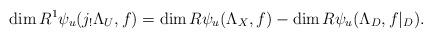
LaTeX: \begin{align*}\dim R^1\psi_u(j_!\Lambda_U,f)=\dim R\psi_u(\Lambda_X,f)-\dim R\psi_u(\Lambda_D,f|_D).\end{align*}